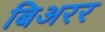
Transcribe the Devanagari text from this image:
बिअरर